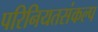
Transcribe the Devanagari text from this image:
परिनियतसंकल्प